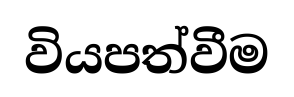
වියපත්වීම